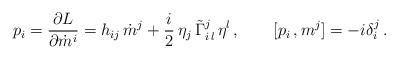
LaTeX: \begin{align*}p_i =\frac{\partial L}{\partial \dot m^i}=h_{ij}\,\dot m^j +\frac{i}{2}\,\eta_j\,\tilde\Gamma^j_{i\,l} \, \eta^l\,,\qquad [p_i\, , m^j]=-i\delta^j_i\,.\end{align*}